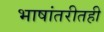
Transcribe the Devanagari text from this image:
भाषांतरीतही